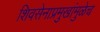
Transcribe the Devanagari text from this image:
शिवसेनाप्रमुखांमुळेच